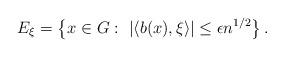
LaTeX: \begin{align*}E_{\xi}=\left\{ x\in G:\ \left|\left\langle b(x),\xi\right\rangle \right|\le\epsilon n^{1/2}\right\} .\end{align*}